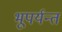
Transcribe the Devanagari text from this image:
भूपर्यन्तं